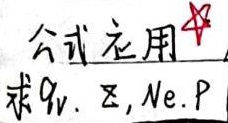
公式应用 ★求 \(q_{V}, \Sigma, N_{e}, P\)